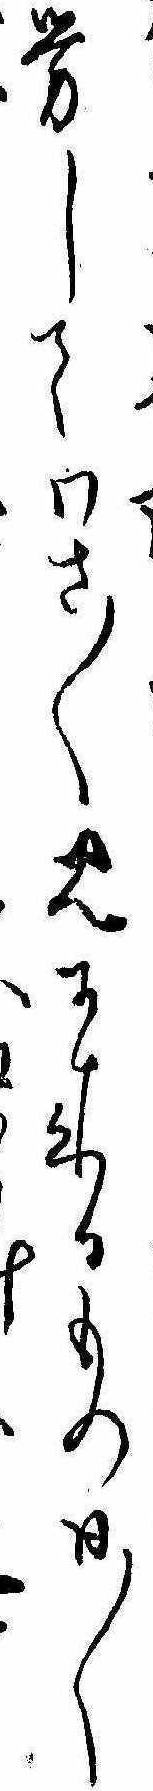
労してわさ〱見に来るもの日〱け